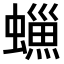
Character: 𧑳